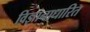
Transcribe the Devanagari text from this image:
विज्ञानाधारित